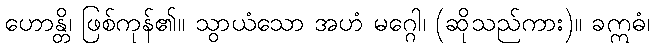
ဟောန္တိ၊ ဖြစ်ကုန်၏။ သွာယံသော အဟံ မဂ္ဂေါ၊ (ဆိုသည်ကား)။ ခဣဓံ၊